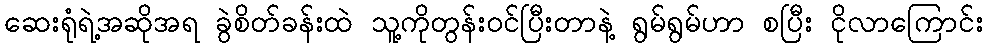
ဆေးရုံရဲ့အဆိုအရ ခွဲစိတ်ခန်းထဲ သူ့ကိုတွန်းဝင်ပြီးတာနဲ့ ရွမ်ရွမ်ဟာ စပြီး ငိုလာကြောင်း